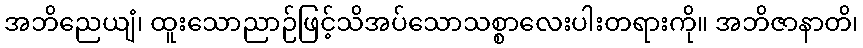
အဘိညေယျံ၊ ထူးသောညာဉ်ဖြင့်သိအပ်သောသစ္စာလေးပါးတရားကို။ အဘိဇာနာတိ၊